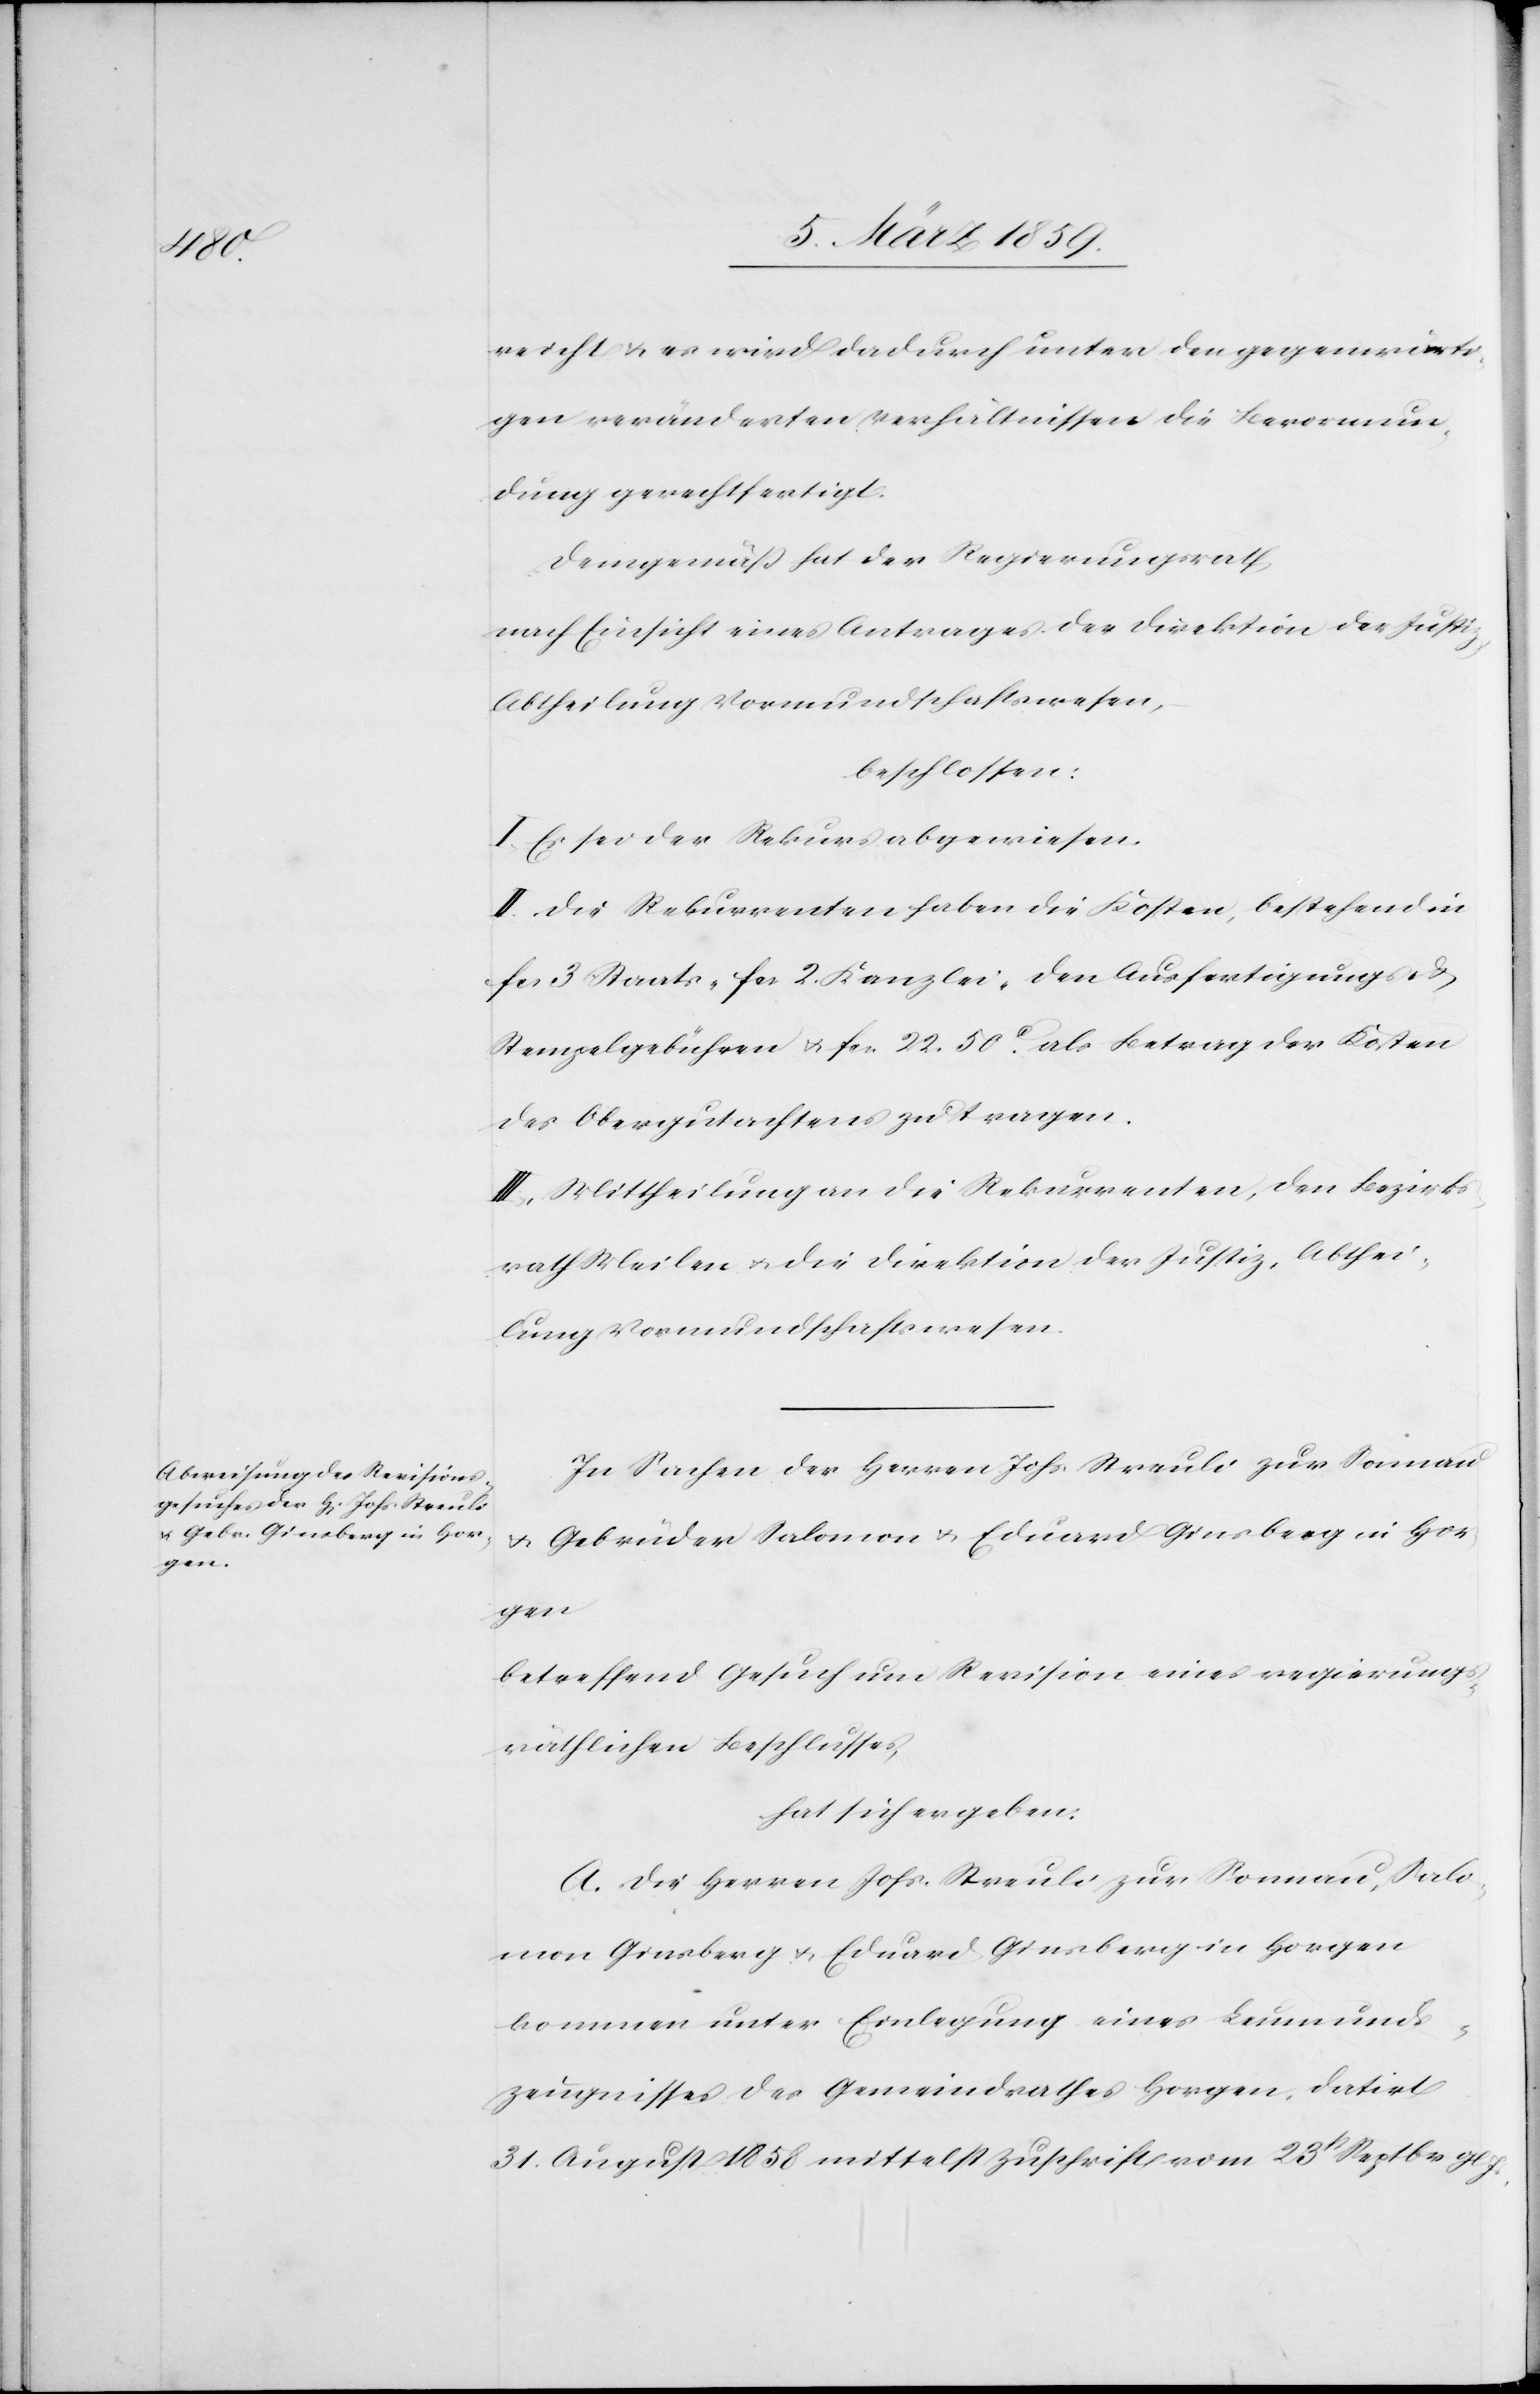
reicht u. es wird dadurch unter den gegenwärti¬
gen veränderten Verhältnissen die Bevormun¬
dung gerechtfertigt.
Demgemäß hat der Regierungsrath,
nach Einsicht eines Antrages der Direktion der Justiz,
Abtheilung Vormundschaftswesen,
beschlossen:
I. Es sei der Rekurs abgewiesen.
II. Die Rekurrenten haben die Kosten, bestehend in
fcs. 3. Staats-[,] fcs. 2. Kanzlei-[,] den Ausfertigungs- &
Stempelgebühren u. fcs. 22. 50 c. als Betrag der Kosten
des Obergutachtens zu tragen.
III. Mittheilung an die Rekurrenten, den Bezirks¬
rath Meilen u. die Direktion der Justiz, Abthei¬
lung Vormundschaftswesen.
In Sachen der Herren Johs. Streuli zur Sonnau
u. Gebrüder Salomon u. Eduard Ginsberg in Hor¬
gen
betreffend Gesuch um Revision eines regierungs¬
räthlichen Beschlusses,
hat sich ergeben:
A. Die Herren Johs. Streuli zur Sonnau, Salo¬
mon Ginsberg u. Eduard Ginsberg in Horgen
kommen unter Einlegung eines Leumunds¬
zeugnisses des Gemeindrathes Horgen, datirt
31. August 1858 mittelst Zuschrift vom 23t Septbr gl